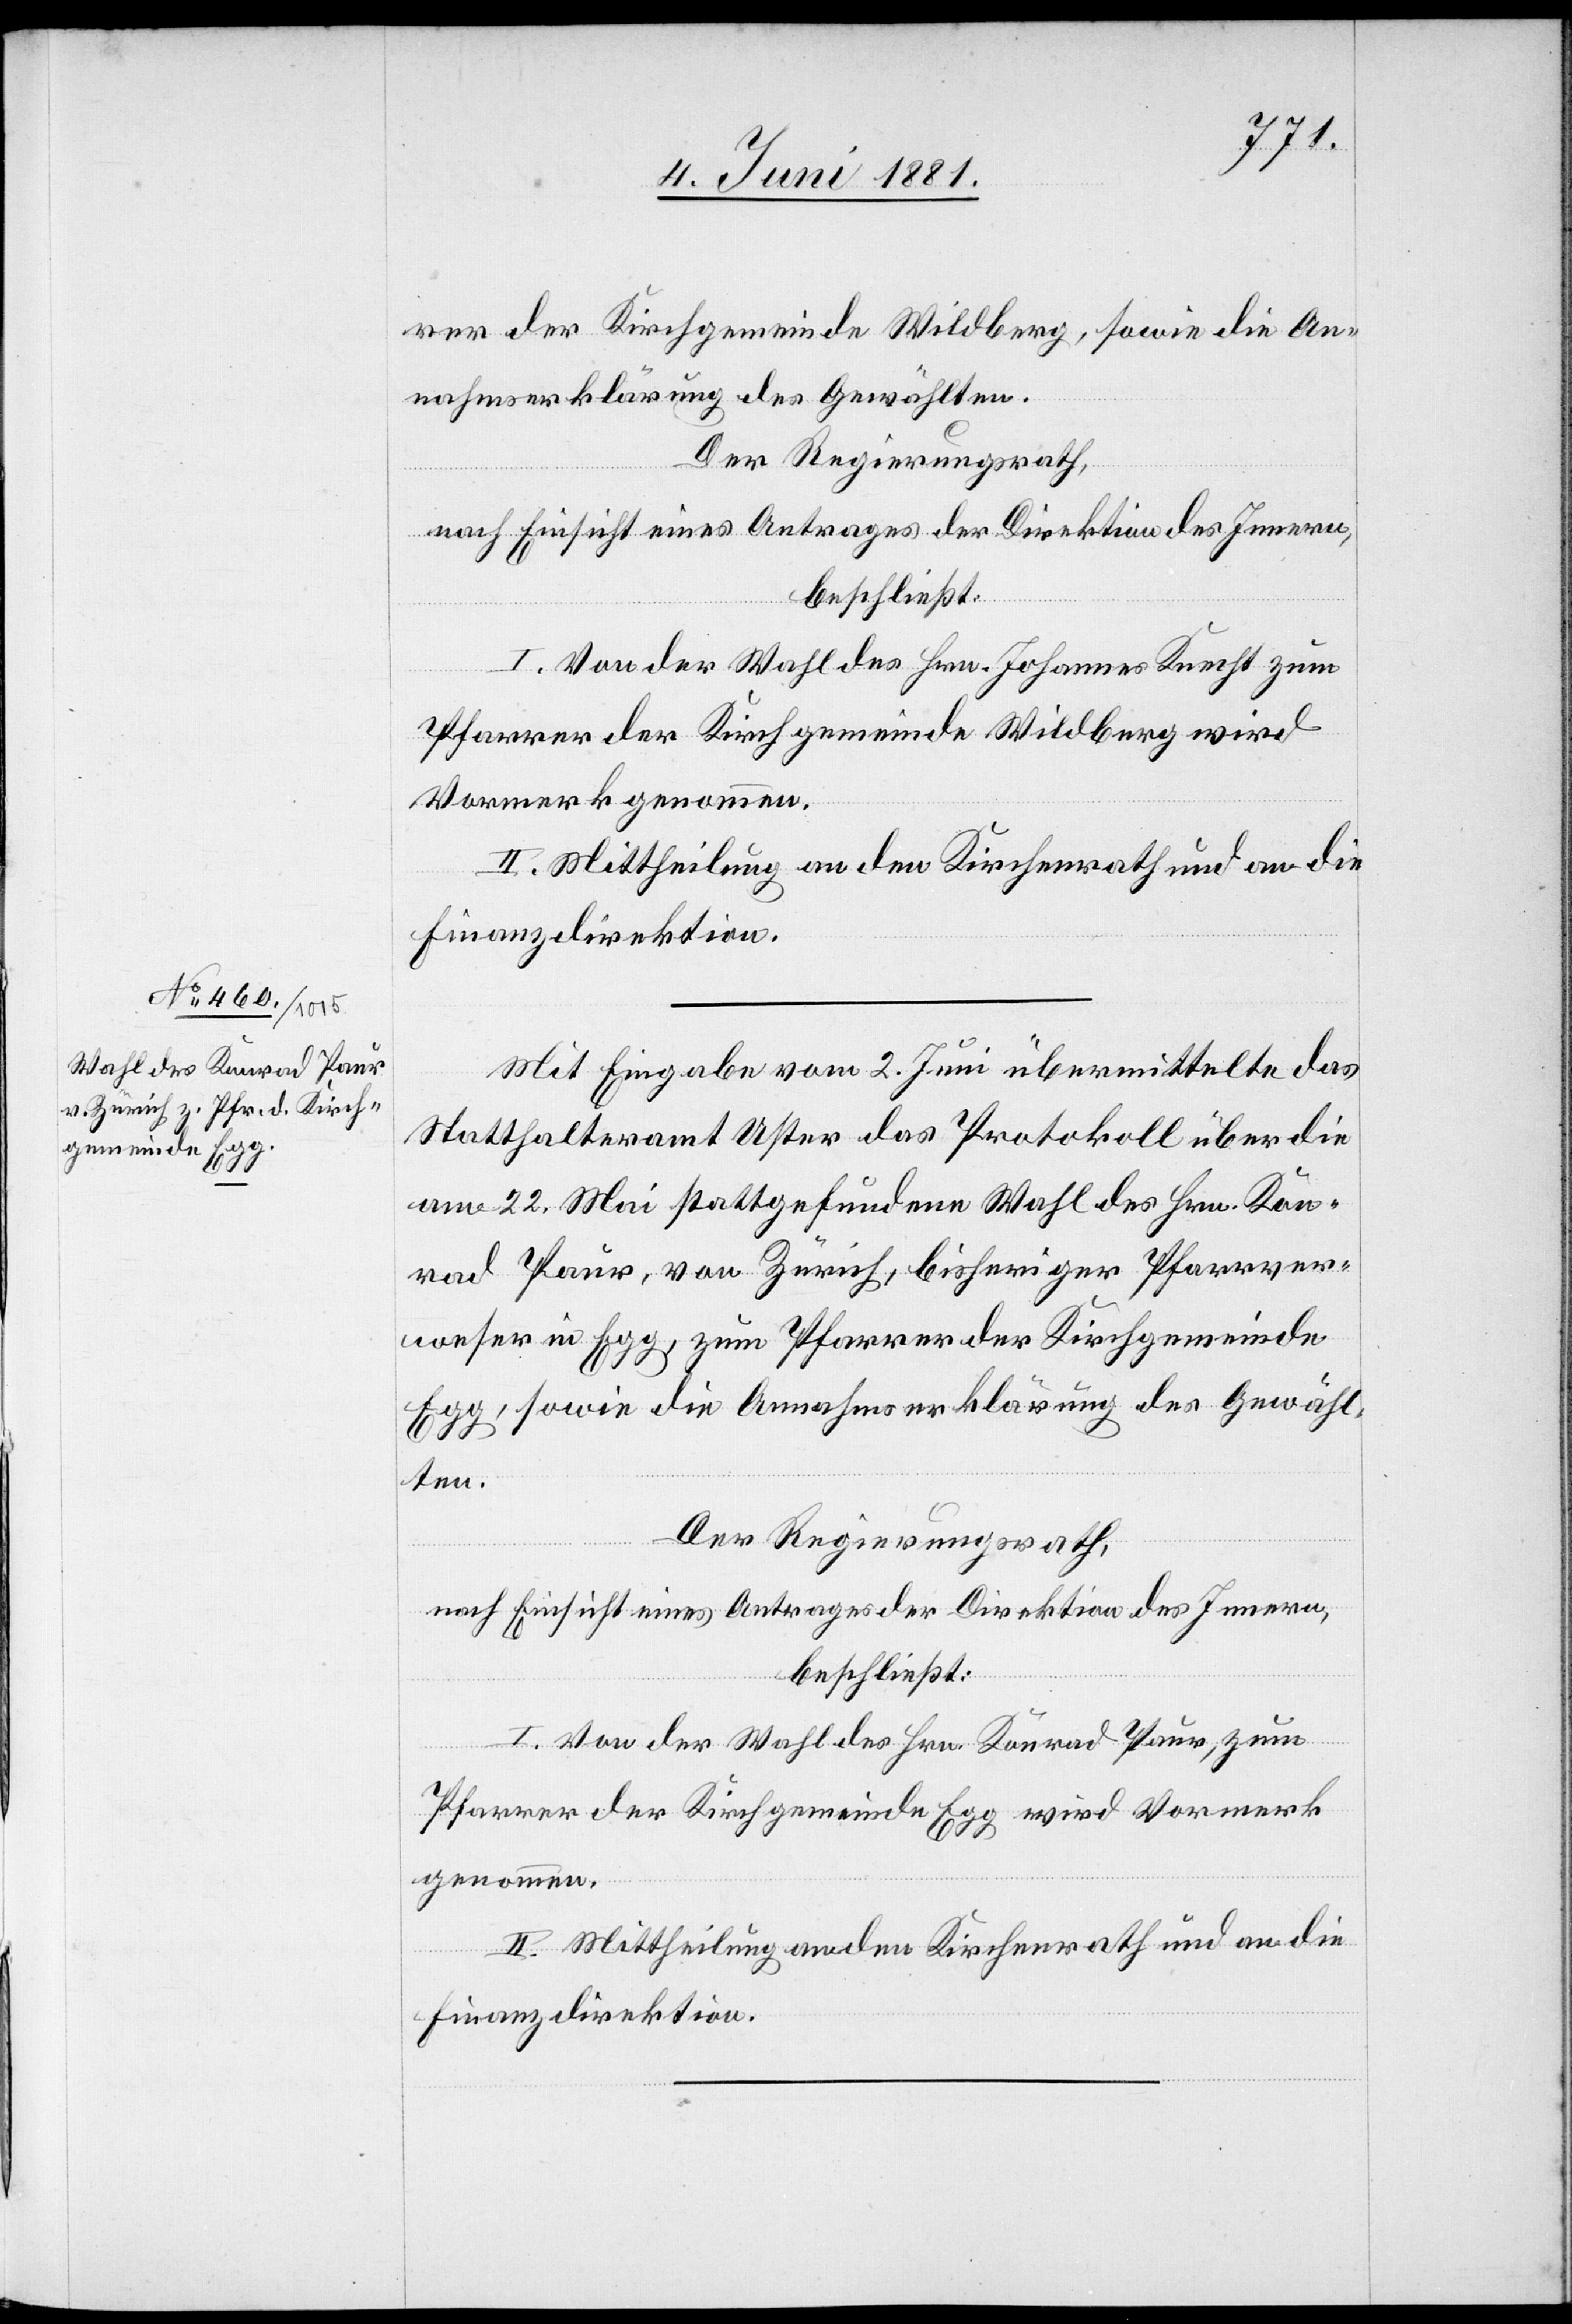
rer der Kirchgemeinde Wildberg, sowie die An¬
nahmserklärung des Gewählten.
Der Regierungsrath,
nach Einsicht eines Antrages der Direktion des Innern,
beschließt:
I. Von der Wahl des Hrn. Johannes Knecht zum
Pfarrer der Kirchgemeinde Wildberg wird
Vormerk genommen.
II. Mittheilung an den Kirchenrath und an die
Finanzdirektion.
Mit Eingabe vom 2. Juni übermittelte das
Statthalteramt Uster das Protokoll über die
am 22. Mai stattgefundene Wahl des Hrn. Kon¬
rad Paur, von Zürich, bisheriger Pfarrver¬
weser in Egg, zum Pfarrer der Kirchgemeinde
Egg, sowie die Annahmserklärung des Gewähl¬
ten.
Der Regierungsrath,
nach Einsicht eines Antrages der Direktion des Innern,
beschließt:
I. Von der Wahl des Hrn. Konrad Paur, zum
Pfarrer der Kirchgemeinde Egg wird Vormerk
genommen.
II. Mittheilung an den Kirchenrath und an die
Finanzdirektion.